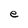
Character: e